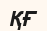
ҚҒ